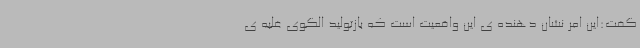
گفت:این امر نشان دهنده ی این واقعیت است که بازتولید الگوی غلبه ی